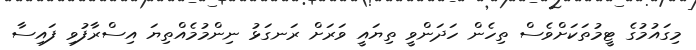
މިގައުމުގެ ޓީމުތަކަށްވެސް ތިހެން ހަދަންވީ ތިޔައީ ވަރަށް ރަނގަޅު ނިންމުމެއްތިޔަ އިސްރާފުވި ފައިސާ